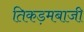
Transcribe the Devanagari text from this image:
तिकड़मबाजी